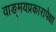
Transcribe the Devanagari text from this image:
वाङ्‌मयप्रकारापेक्षा